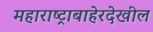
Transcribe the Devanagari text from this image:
महाराष्ट्राबाहेरदेखील